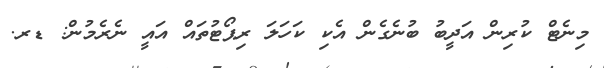
މިނެޓް ކުރިން އަދީބު ބުނެގެން އެކި ކަހަލަ ރިޕޯޓުތައް އައީ ނެރެމުން: ޑރ.